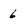
Character: 6